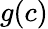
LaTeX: g(c)